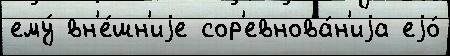
ему́ вн'е́шн'иjе сор'евнова́н'иjа еjо́